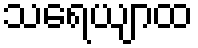
သရေယျာထ